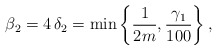
\begin{align*}\beta_2 = 4\,\delta_2 = \min \left\{\frac{1}{2m}, \frac{\gamma_1}{100}\right\},\end{align*}